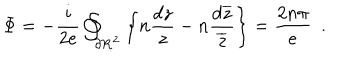
\Phi = - \frac { i } { 2 e } \oint _ { \partial \bf R ^ { 2 } \mit } \left\{ n \frac { d z } { z } - n \frac { d \overline { { { z } } } } { \overline { { { z } } } } \right\} = \frac { 2 n \pi } { e } ~ ~ .